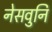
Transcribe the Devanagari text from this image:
नेसवुनि